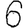
Digit: 6